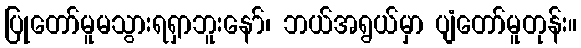
ပြုတော်မူမသွားရရှာဘူးနော်၊ ဘယ်အရွယ်မှာ ပျံတော်မူတုန်း။